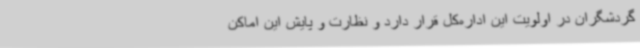
گردشگران در اولویت این اداره‌کل قرار دارد و نظارت و پایش این اماکن